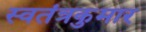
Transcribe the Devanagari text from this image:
स्वतंत्रकुमार